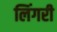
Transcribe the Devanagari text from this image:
लिंगरी